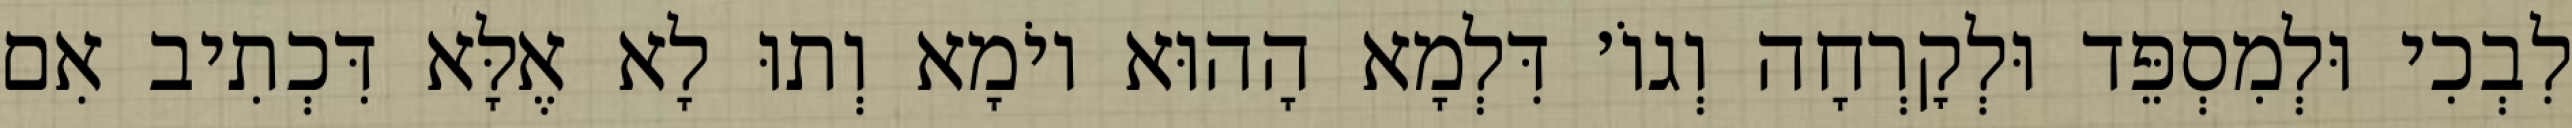
לִבְכִי וּלְמִסְפֵּד וּלְקׇרְחָה וְגוֹ׳ דִּלְמָא הָהוּא יוֹמָא וְתוּ לָא אֶלָּא דִּכְתִיב אִם